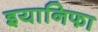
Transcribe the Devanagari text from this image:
इयानिफा